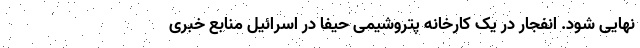
نهایی شود. انفجار در یک کارخانه پتروشیمی حیفا در اسرائیل منابع خبری